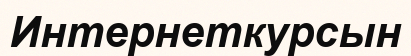
Интернеткурсын